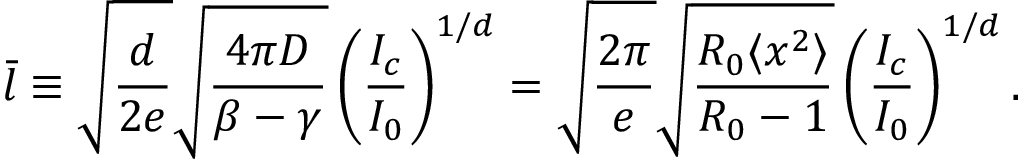
\bar { l } \equiv \sqrt { \frac { d } { 2 e } } \sqrt { \frac { 4 \pi D } { \beta - \gamma } } \left( \frac { I _ { c } } { I _ { 0 } } \right) ^ { 1 / d } = \sqrt { \frac { 2 \pi } { e } } \sqrt { \frac { R _ { 0 } \langle x ^ { 2 } \rangle } { R _ { 0 } - 1 } } \left( \frac { I _ { c } } { I _ { 0 } } \right) ^ { 1 / d } .